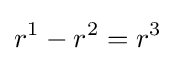
r^{1}-r^{2}=r^{3}